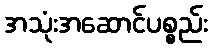
အသုံးအဆောင်ပစ္စည်း